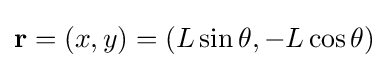
\mathbf {r} =(x,y)=(L\sin \theta ,-L\cos \theta )